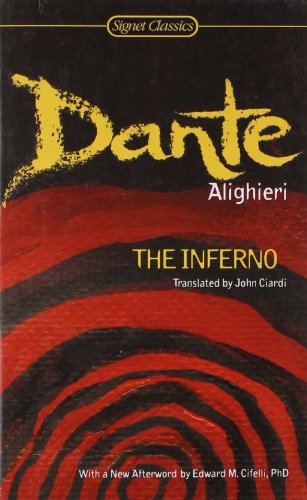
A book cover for The Inferno (Signet Classics); Dante Alighieri; Literature & Fiction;